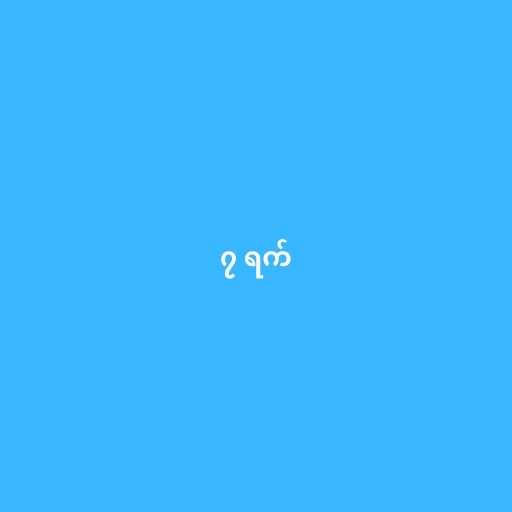
၇ ရက်